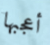
أعجبها